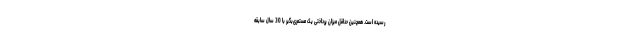
رسیده است. همچنین حداقل میزان پرداختی یک مستمری‌بگیر با 30 سال سابقه